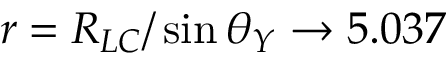
r = R _ { L C } / \sin \theta _ { Y } \to 5 . 0 3 7